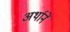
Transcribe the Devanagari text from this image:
अर्थानें